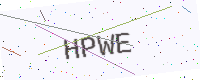
Text: HPWE